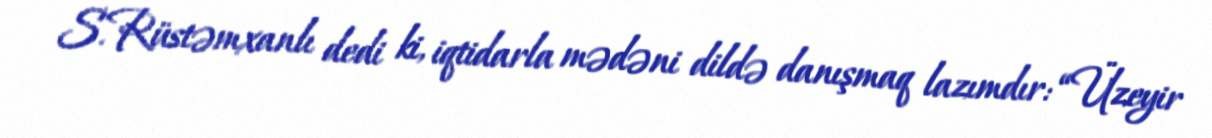
S.Rüstəmxanlı dedi ki, iqtidarla mədəni dildə danışmaq lazımdır: “Üzeyir